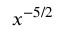
x ^ { - 5 / 2 }